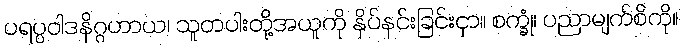
ပရပ္ပဝါဒနိဂ္ဂဟာယ၊ သူတပါးတို့အယူကို နှိပ်နင်းခြင်းငှာ။ စက္ခုံ၊ ပညာမျက်စိကို။